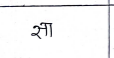
मजकूर: सा